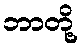
ဘာတို့